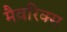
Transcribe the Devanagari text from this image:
मैवरिक्स